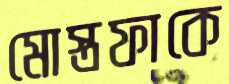
মোস্তফাকে